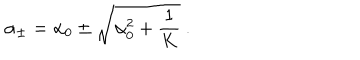
LaTeX: { \alpha } _ { \pm } = { \alpha } _ { 0 } \pm \sqrt { { \alpha } _ { 0 } ^ { 2 } + { \frac { 1 } { K } } } { } ~ .